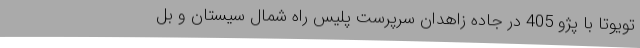
تویوتا با پژو 405 در جاده زاهدان سرپرست پلیس راه شمال سیستان و بل